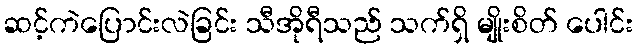
ဆင့်ကဲပြောင်းလဲခြင်း သီအိုရီသည် သက်ရှိ မျိုးစိတ် ပေါင်း